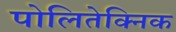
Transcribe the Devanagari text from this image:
पोलितेक्निक